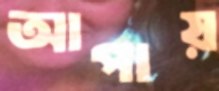
আপায়